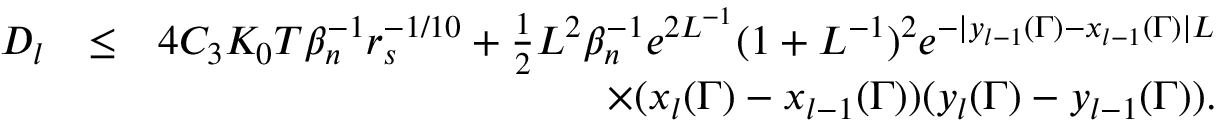
\begin{array} { r l r } { D _ { l } } & { \leq } & { 4 C _ { 3 } K _ { 0 } T \beta _ { n } ^ { - 1 } r _ { s } ^ { - 1 \slash 1 0 } + \frac { 1 } { 2 } L ^ { 2 } \beta _ { n } ^ { - 1 } e ^ { 2 L ^ { - 1 } } ( 1 + L ^ { - 1 } ) ^ { 2 } e ^ { - | y _ { l - 1 } ( \Gamma ) - x _ { l - 1 } ( \Gamma ) | L } } \\ & { } & { \quad \quad \quad \quad \quad \quad \quad \quad \quad \times ( x _ { l } ( \Gamma ) - x _ { l - 1 } ( \Gamma ) ) ( y _ { l } ( \Gamma ) - y _ { l - 1 } ( \Gamma ) ) . } \end{array}